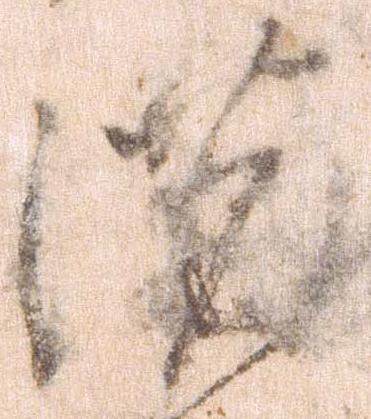
濃